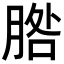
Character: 𦜵